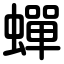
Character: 蟬